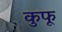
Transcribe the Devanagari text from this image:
कुफू